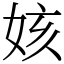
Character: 姟